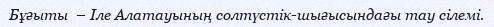
Бұғыты  – Іле Алатауының солтүстік-шығысындағы тау сілемі.